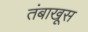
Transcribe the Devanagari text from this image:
तंबाखूस